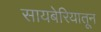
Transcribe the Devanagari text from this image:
सायबेरियातून